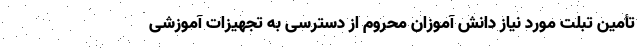
تأمین تبلت مورد نیاز دانش آموزان محروم از دسترسی به تجهیزات آموزشی